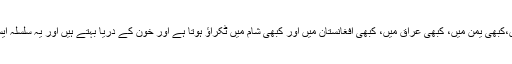
کبھی لیبیا میں، کبھی سوڈان میں،کبھی یمن میں، کبھی عراق میں، کبھی افغانستان میں اور کبھی شام میں ٹکراؤ ہوتا ہے اور خون کے دریا بہتے ہیں اور یہ سلسلہ ایسا ہے کہ بند ہونے میں نہیں آتا۔